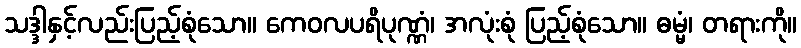
သဒ္ဒါနှင့်လည်းပြည့်စုံသော။ ကေဝလပရိပုဏ္ဏံ၊ အလုံးစုံ ပြည့်စုံသော။ ဓမ္မံ၊ တရားကို။